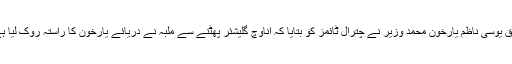
سابق یوسی ناظم یارخون محمد وزیر نے چترال ٹائمز کو بتایا کہ اناوچ گلیشئر پھٹنے سے ملبہ نے دریائے یارخون کا راستہ روک لیا ہے ۔